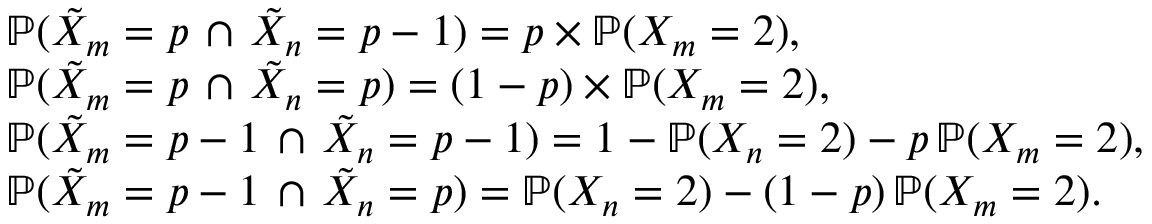
\begin{array} { r l } & { \mathbb { P } ( \tilde { X } _ { m } = p \, \cap \, \tilde { X } _ { n } = p - 1 ) = p \times \mathbb { P } ( X _ { m } = 2 ) , } \\ & { \mathbb { P } ( \tilde { X } _ { m } = p \, \cap \, \tilde { X } _ { n } = p ) = ( 1 - p ) \times \mathbb { P } ( X _ { m } = 2 ) , } \\ & { \mathbb { P } ( \tilde { X } _ { m } = p - 1 \, \cap \, \tilde { X } _ { n } = p - 1 ) = 1 - \mathbb P ( X _ { n } = 2 ) - p \, \mathbb { P } ( X _ { m } = 2 ) , } \\ & { \mathbb { P } ( \tilde { X } _ { m } = p - 1 \, \cap \, \tilde { X } _ { n } = p ) = \mathbb P ( X _ { n } = 2 ) - ( 1 - p ) \, \mathbb P ( X _ { m } = 2 ) . } \end{array}